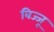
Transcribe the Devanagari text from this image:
बिज्‍जू